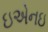
ઇએનઇ